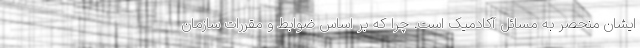
ایشان منحصر به مسائل آکادمیک است. چرا که بر اساس ضوابط و مقررات سازمان